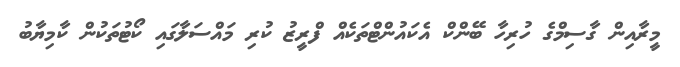
މީރާއިން ގާސިމްގެ ހުރިހާ ބޭންކް އެކައުންޓްތަކެއް ފްރީޒު ކުރި މައްސަލާގައި ކޯޓުތަކުން ކާމިޔާބު